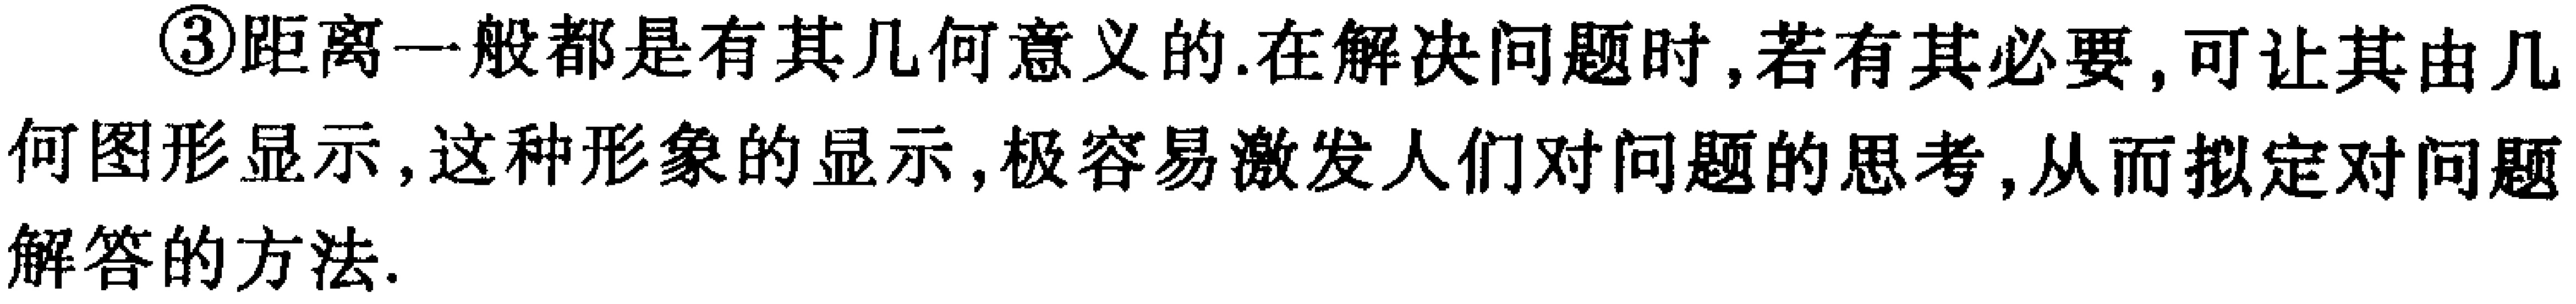
\textcircled{3}距离一般都是有其几何意义的.在解决问题时,若有其必要,可让其由几何图形显示,这种形象的显示,极容易激发人们对问题的思考,从而拟定对问题解答的方法.